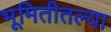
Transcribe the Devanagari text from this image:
भूमितीतल्या